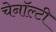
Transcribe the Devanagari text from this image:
चेनॉल्टी